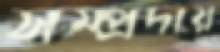
সম্প্রদায়